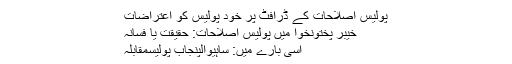
پولیس اصلاحات کے ڈرافٹ پر خود پولیس کو اعتراضات
خیبر پختونخوا میں پولیس اصلاحات: حقیقت یا فسانہ
اسی بارے میں: ساہیوالپنجاب پولیسمقابلہ